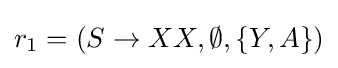
r_{1}=(S\to XX,\emptyset ,\{Y,A\})